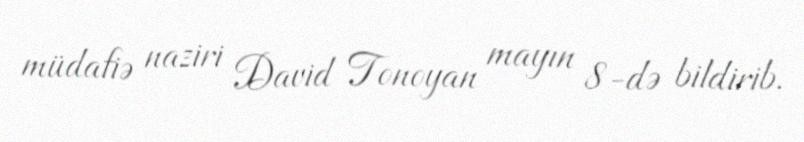
müdafiə naziri David Tonoyan mayın 8-də bildirib.